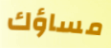
مساؤك